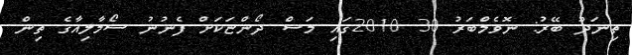
ތިނަދޫ ބޭރު: ނޮވެމްބަރު 30 2010ގައި މަސް ދޯންޏަކަށް ފެނުނު ސޯމާލިއާގެ ތިން